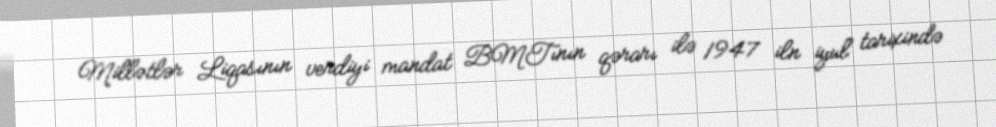
Millətlər Liqasının verdiyi mandat BMTının qərarı ilə 1947 iln iyul tarixində